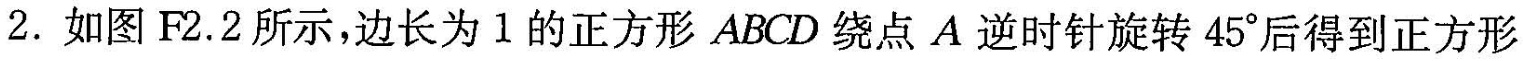
2. 如图F2.2所示，边长为1的正方形ABCD绕点A逆时针旋转45^{\circ}后得到正方形